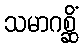
သမာဂစ္ဆိံ